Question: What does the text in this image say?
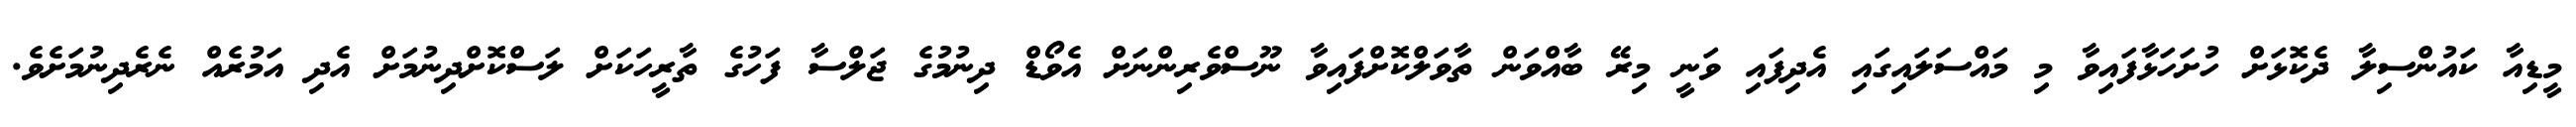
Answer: މީޑިއާ ކައުންސިލާ ދެކޮޅަށް ހުށަހަޅާފައިވާ މި މައްސަލައިގައި އެދިފައި ވަނީ މިރޭ ބާއްވަން ތާވަލްކޮށްފައިވާ ނޫސްވެރިންނަށް އެވޯޑް ދިނުމުގެ ޖަލްސާ ފަހުގެ ތާރީހަކަށް ލަސްކޮށްދިނުމަށް އެދި އަމުރެއް ނެރެދިނުމަށެވެ.